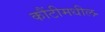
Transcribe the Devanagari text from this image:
कौंटीमधील